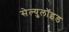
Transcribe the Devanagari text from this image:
सेल्युलॉइड